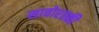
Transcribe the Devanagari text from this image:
सावोरस्की